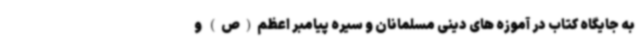
به جایگاه کتاب در آموزه های دینی مسلمانان و سیره پیامبر اعظم(ص) و